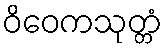
ဝိဝေကသုတ္တံ